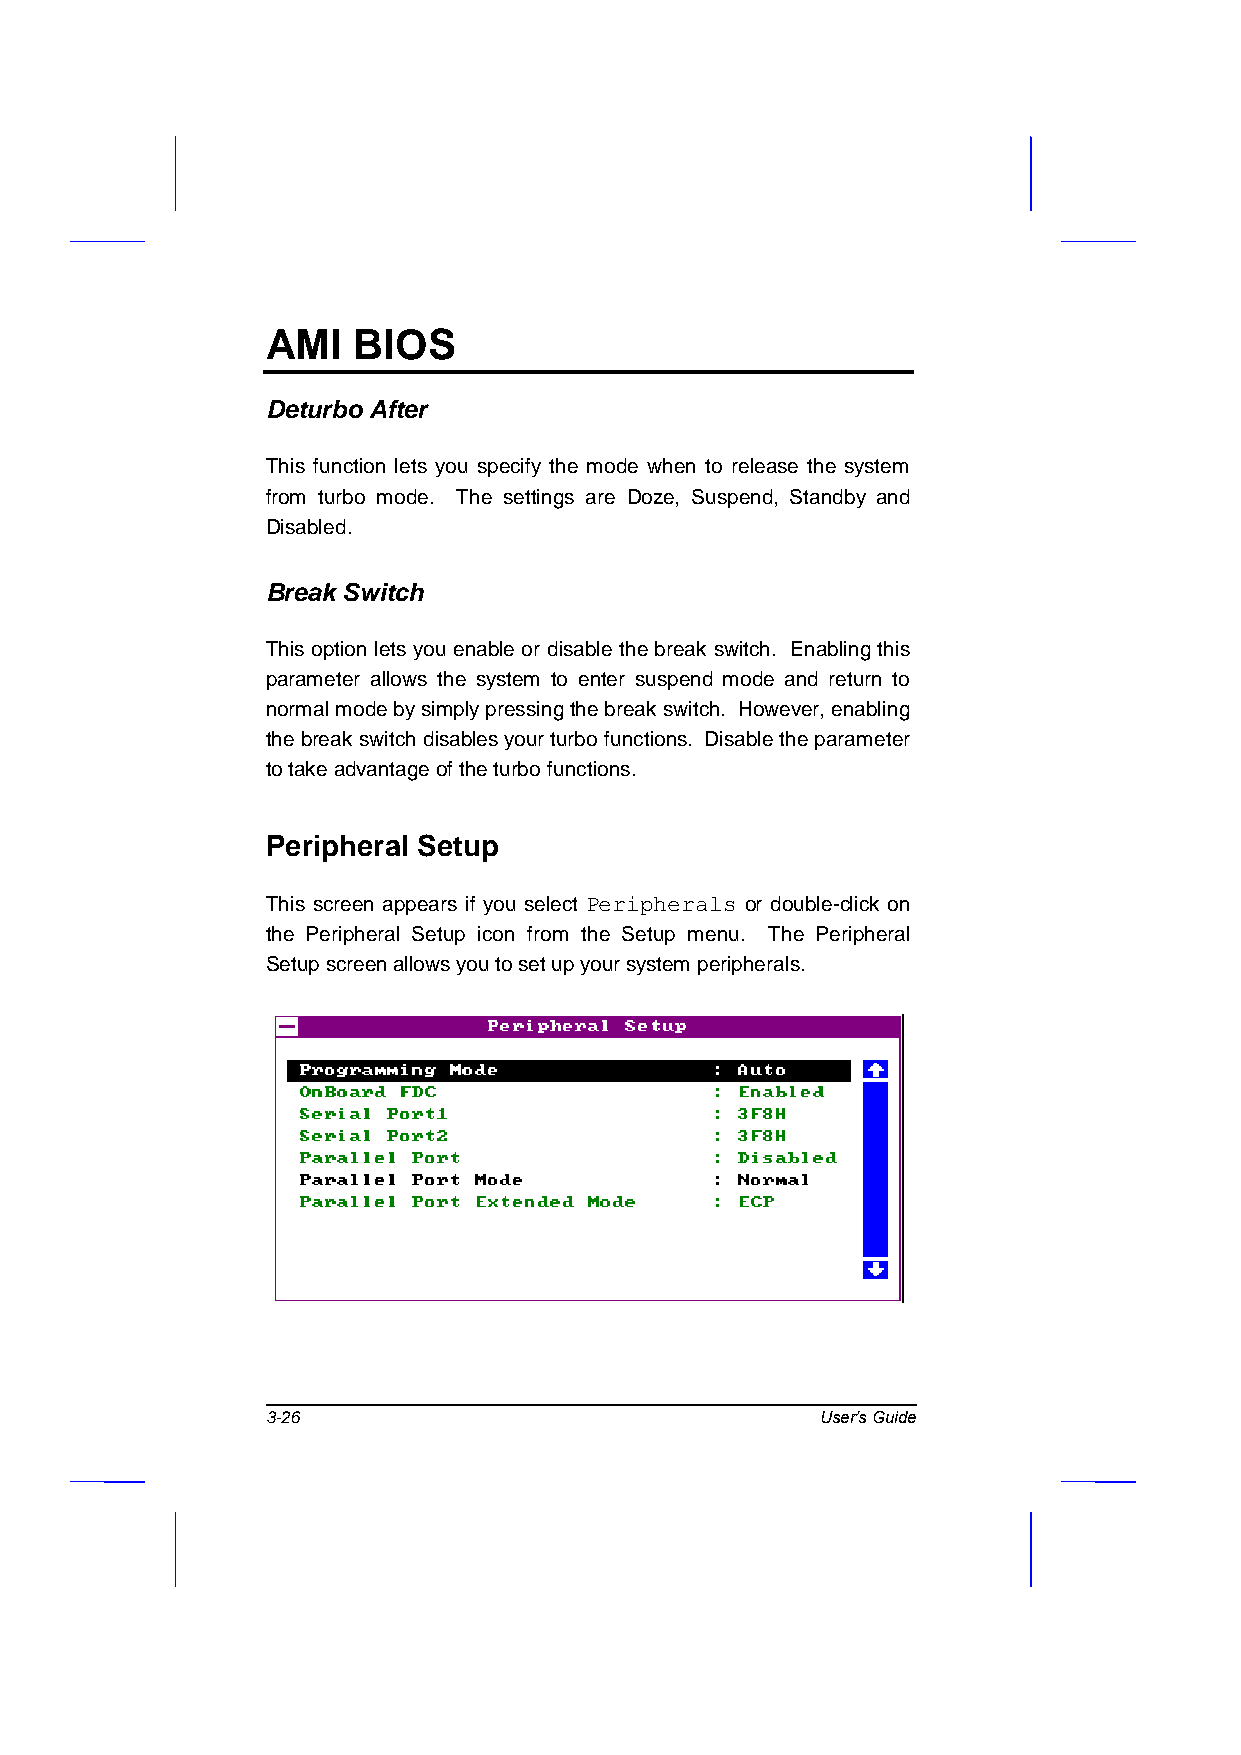
AMI  BIOS
 Deturbo After
 This function lets you specify the mode when to release the system
 from turbo mode. The settings are Doze, Suspend, Standby and
 Disabled.
 Break Switch
 This option lets you enable or disable the break switch. Enabling this
 parameter allows the system to enter suspend mode and return to
 normal mode by simply pressing the break switch. However, enabling
 the break switch disables your turbo functions. Disable the parameter
 to take advantage of the turbo functions.
 Peripheral Setup
 This screen appears if you select Peripherals or double-click on
 the Peripheral Setup icon from the Setup menu. The Peripheral
 Setup screen allows you to set up your system peripherals.
 3-26                                User’s Guide